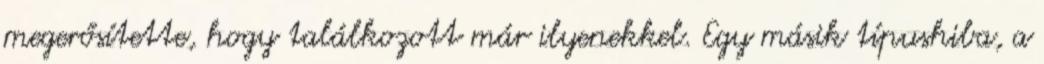
megerősítette, hogy találkozott már ilyenekkel. Egy másik típushiba, a